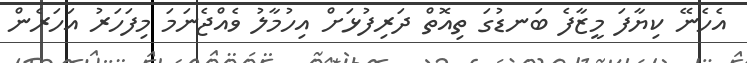
އެހެނޭ ކިޔާފަ މީޒާފެ ބަނޑުގަ ތިއޮތް ދަރިފުޅަށް އިހުމާލު ވެއްޖެނަމަ މިފަހަރު އަހަރެން